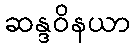
ဆန္ဒဝိနယာ